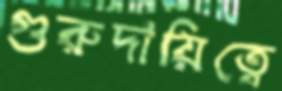
গুরুদায়িত্বে